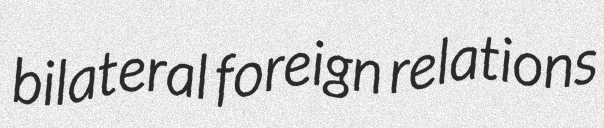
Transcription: bilateral foreign relations